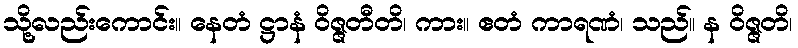
သို့လည်းကောင်း။ နေတံ ဋ္ဌာနံ ဝိဇ္ဇတီတိ၊ ကား။ ဧတံ ကာရဏံ၊ သည်။ န ဝိဇ္ဇတိ၊